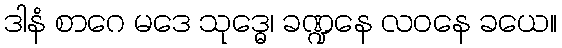
ဒါနံ စာဂေ မဒေ သုဒ္ဓေ၊ ခဏ္ဍနေ လဝနေ ခယေ။